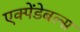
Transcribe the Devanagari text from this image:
एक्पेंडेबल्स